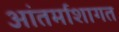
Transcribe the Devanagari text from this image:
आंतर्माशागत